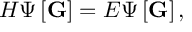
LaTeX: H \Psi \left[ \mathbf { G } \right] = E \Psi \left[ \mathbf { G } \right] ,